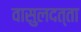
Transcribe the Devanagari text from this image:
वासुलदत्ता